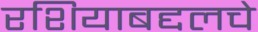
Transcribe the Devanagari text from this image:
रशियाबद्दलचे